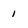
Character: 1